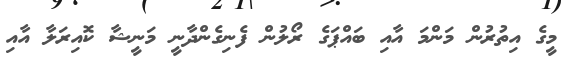
މީގެ އިތުރުން މަންމަ އާއި ބައްޕަގެ ރޯލުން ފެނިގެންދާނީ މަނީޝާ ކޮއިރަލާ އާއި